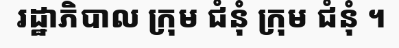
រដ្ឋាភិបាល ក្រុម ជំនុំ ក្រុម ជំនុំ ។